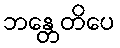
ဘန္တေတိပေ